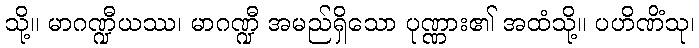
သို့။ မာဂဏ္ဍီယဿ၊ မာဂဏ္ဍီ အမည်ရှိသော ပုဏ္ဏား၏ အထံသို့။ ပဟိဏိံသု၊